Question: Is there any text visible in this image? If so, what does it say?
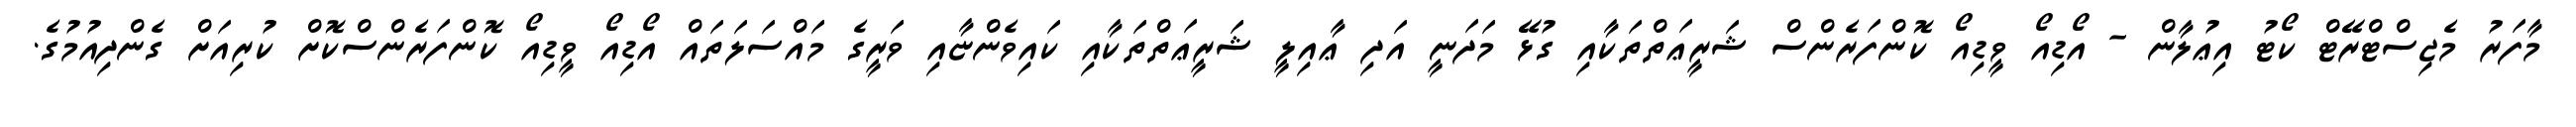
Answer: މާފަރު މެޖިސްޓްރޭޓް ކޯޓު އިޢުލާން - އޯޑިއޯ ވީޑިއޯ ކޮންފަރެންސް ޝަރީޢަތްތަކާއި ގުޅޭ މަދަނީ އަދި ޢާއިލީ ޝަރީޢަތްތަކާއި ކައިވެންޏާއި ވަރީގެ މައްސަލަތައް އޯޑިއޯ ވީޑިއޯ ކޮންފަރެންސްކޮށް ކުރިއަށް ގެންދިއުމުގެ.